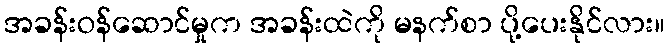
အခန်းဝန်ဆောင်မှုက အခန်းထဲကို မနက်စာ ပို့ပေးနိုင်လား။